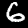
Label: 6